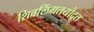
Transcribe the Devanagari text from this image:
शिवलिंगतयोद्रूत